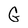
Character: G